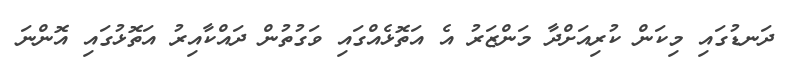
ދަނޑުގައި މިކަން ކުރިއަށްދާ މަންޒަރު އެ އަތޮޅެއްގައި ވަގުތުން ދައްކާއިރު އަތޮޅުގައި އޮންނަ